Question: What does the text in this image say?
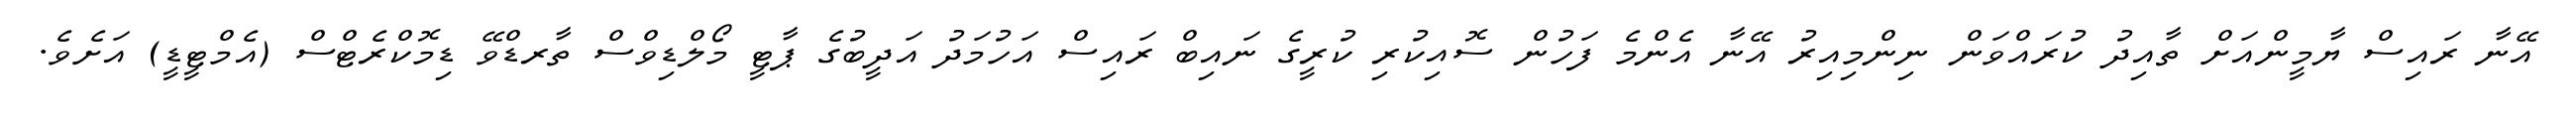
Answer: އޭނާ ރައިސް ޔާމީންއަށް ތާއިދު ކުރައްވަން ނިންމިއިރު އޭނާ އެންމެ ފަހުން ސޮއިކުރި ކުރީގެ ނައިބް ރައިސް އަހުމަދު އަދީބުގެ ޕާޓީ މޯލްޑިވްސް ތާރޑްވޭ ޑިމޮކްރެޓްސް (އެމްޓީޑީ) އަށެވެ.